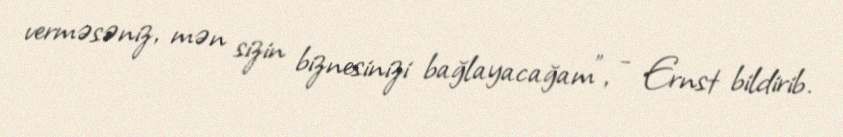
verməsəniz, mən sizin biznesinizi bağlayacağam”, - Ernst bildirib.